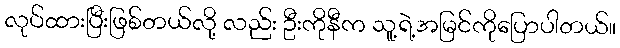
လုပ်ထားပြီးဖြစ်တယ်လို့ လည်း ဦးကိုနီက သူ့ရဲ့အမြင်ကိုပြောပါတယ်။